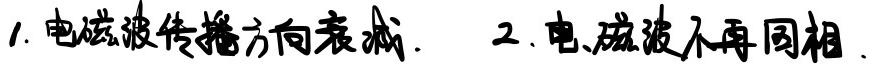
1. 电磁波传播方向衰减.  2. 电磁波不再同相.